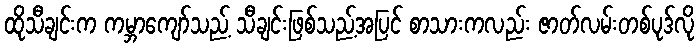
ထိုသီချင်းက ကမ္ဘာကျော်သည့် သီချင်းဖြစ်သည့်အပြင် စာသားကလည်း ဇာတ်လမ်းတစ်ပုဒ်လို